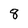
Character: 8